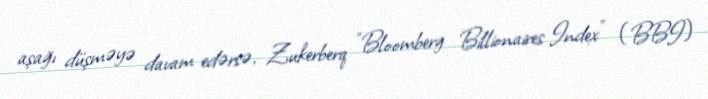
aşağı düşməyə davam edərsə, Zukerberq "Bloomberg Billionaires Index" (BBI)